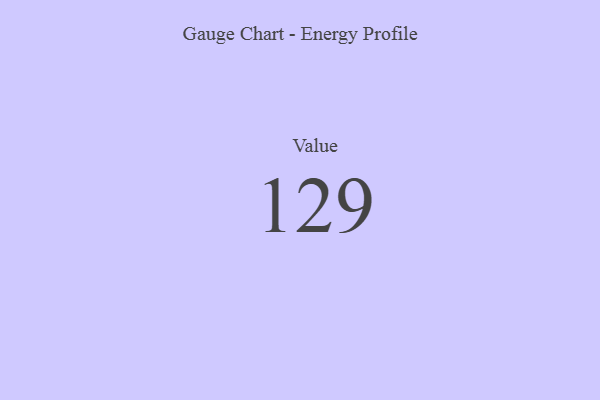
{"axis": {"x": "Metric", "y": "Value"}, "legend": [""], "data": [{"x": "Value", "y": 129, "type": ""}]}